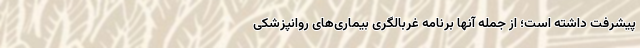
پیشرفت داشته است؛ از جمله آنها برنامه غربالگری بیماری‌های روانپزشکی